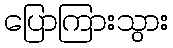
ပြောကြားသွား